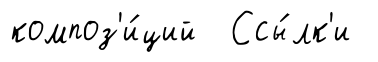
композ'и́ций Ссы́лк'и